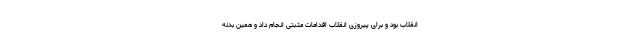
انقلاب بود و برای پیروزی انقلاب اقدامات مثبتی انجام داد و همین بدنه